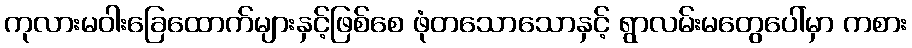
ကုလားမဝါးခြေထောက်များနှင့်ဖြစ်စေ ဖုံတသောသောနှင့် ရွာလမ်းမတွေပေါ်မှာ ကစား